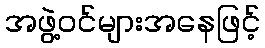
အဖွဲ့ဝင်များအနေဖြင့်